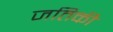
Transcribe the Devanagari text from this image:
जतिकी